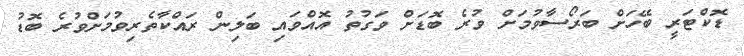
ޑޮކްޓަރީ ބޭހަށް ބަރޯސާވުމަށް ވުރެ ބޮޑަށް ވަގުތު އޮއްވައި ބަލިން ރައްކާތެރިވުމަށްވުރެ ބޮޑު